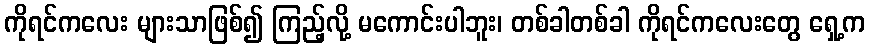
ကိုရင်ကလေး များသာဖြစ်၍ ကြည့်လို့ မကောင်းပါဘူး၊ တစ်ခါတစ်ခါ ကိုရင်ကလေးတွေ ရှေ့က